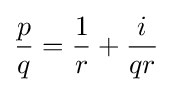
{\frac {p}{q}}={\frac {1}{r}}+{\frac {i}{qr}}